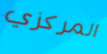
المركزي